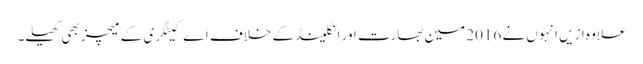
علاوہ ازیں انہوں نے 2016 مین بھارت اور انگلینڈ کے خلاف اے کیٹگری کے میچز بھی کھیلے۔